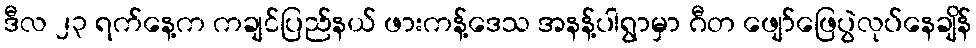
ဒီလ ၂၃ ရက်နေ့က ကချင်ပြည်နယ် ဖားကန့်ဒေသ အနန့်ပါရွာမှာ ဂီတ ဖျော်ဖြေပွဲလုပ်နေချိန်